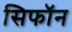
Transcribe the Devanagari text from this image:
सिफॉन